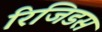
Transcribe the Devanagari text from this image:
रिजिडस